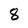
Character: 8